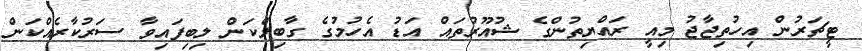
ޓީޗަރުން އިހުތިޖާޖު މިއީ ރައްޔިތުންގެ ޝުއޫރުތައް އަޑު އެހުމުގެ ގާބިލްކަން ލިބިފައިވާ ސަރުކާރެއްކަން